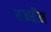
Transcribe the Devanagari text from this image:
सन्धीन